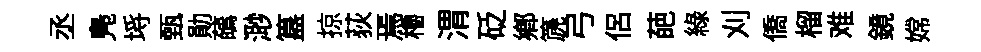
丞鳬埓甄勛蘤𣺌簋掠荻焉櫓渭砭鄉篪弓侣葩綠刈僑榴难鏡嫦